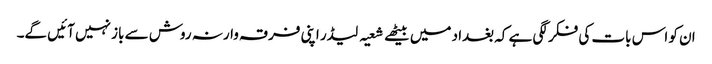
ان کو اس بات کی فکر لگی ہے کہ بغداد میں بیٹھے شعیہ لیڈر اپنی فرقہ وارنہ روش سے باز نہیں آئیں گے۔